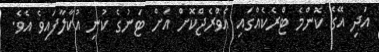
އަދި އޭގެ ކޮންމެ ޓްރެކެއްގައި އެވްރެޖްކޮށް އަށް ޓަނުގެ ކުނި އުކާލާފައިވެ އެވެ.